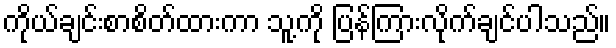
ကိုယ်ချင်းစာစိတ်ထားကာ သူ့ကို ပြန်ကြားလိုက်ချင်ပါသည်။